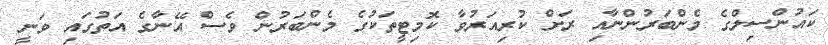
ކައުންސިލްގެ މެންބަރުންނާއި ރަށް ކުރިއަރުވާ ކޮމިޓީތަކުގެ މެންބަރުން ވެސް އޭނާގެ އަތުގައި ވަނީ